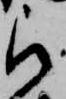
被